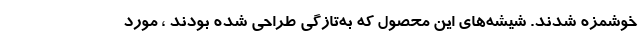
خوشمزه شدند. شیشه‌های این محصول که به‌تازگی طراحی‌ شده بودند ، مورد